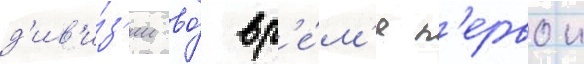
д'ив'и́з'ии во́ вр'е́м'я п'ервои